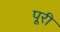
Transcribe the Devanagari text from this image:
पूूरी